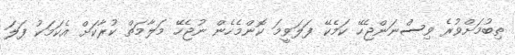
ތިބުމަށްވުރެ ވިސްނަންޖެހޭ ކަމެކޭ ފަލަވީމަ ކޮންމެހެން ނުޖެހޭ މަލާމަތް ކުރާކަށް އެކަމަކު ފަލަ